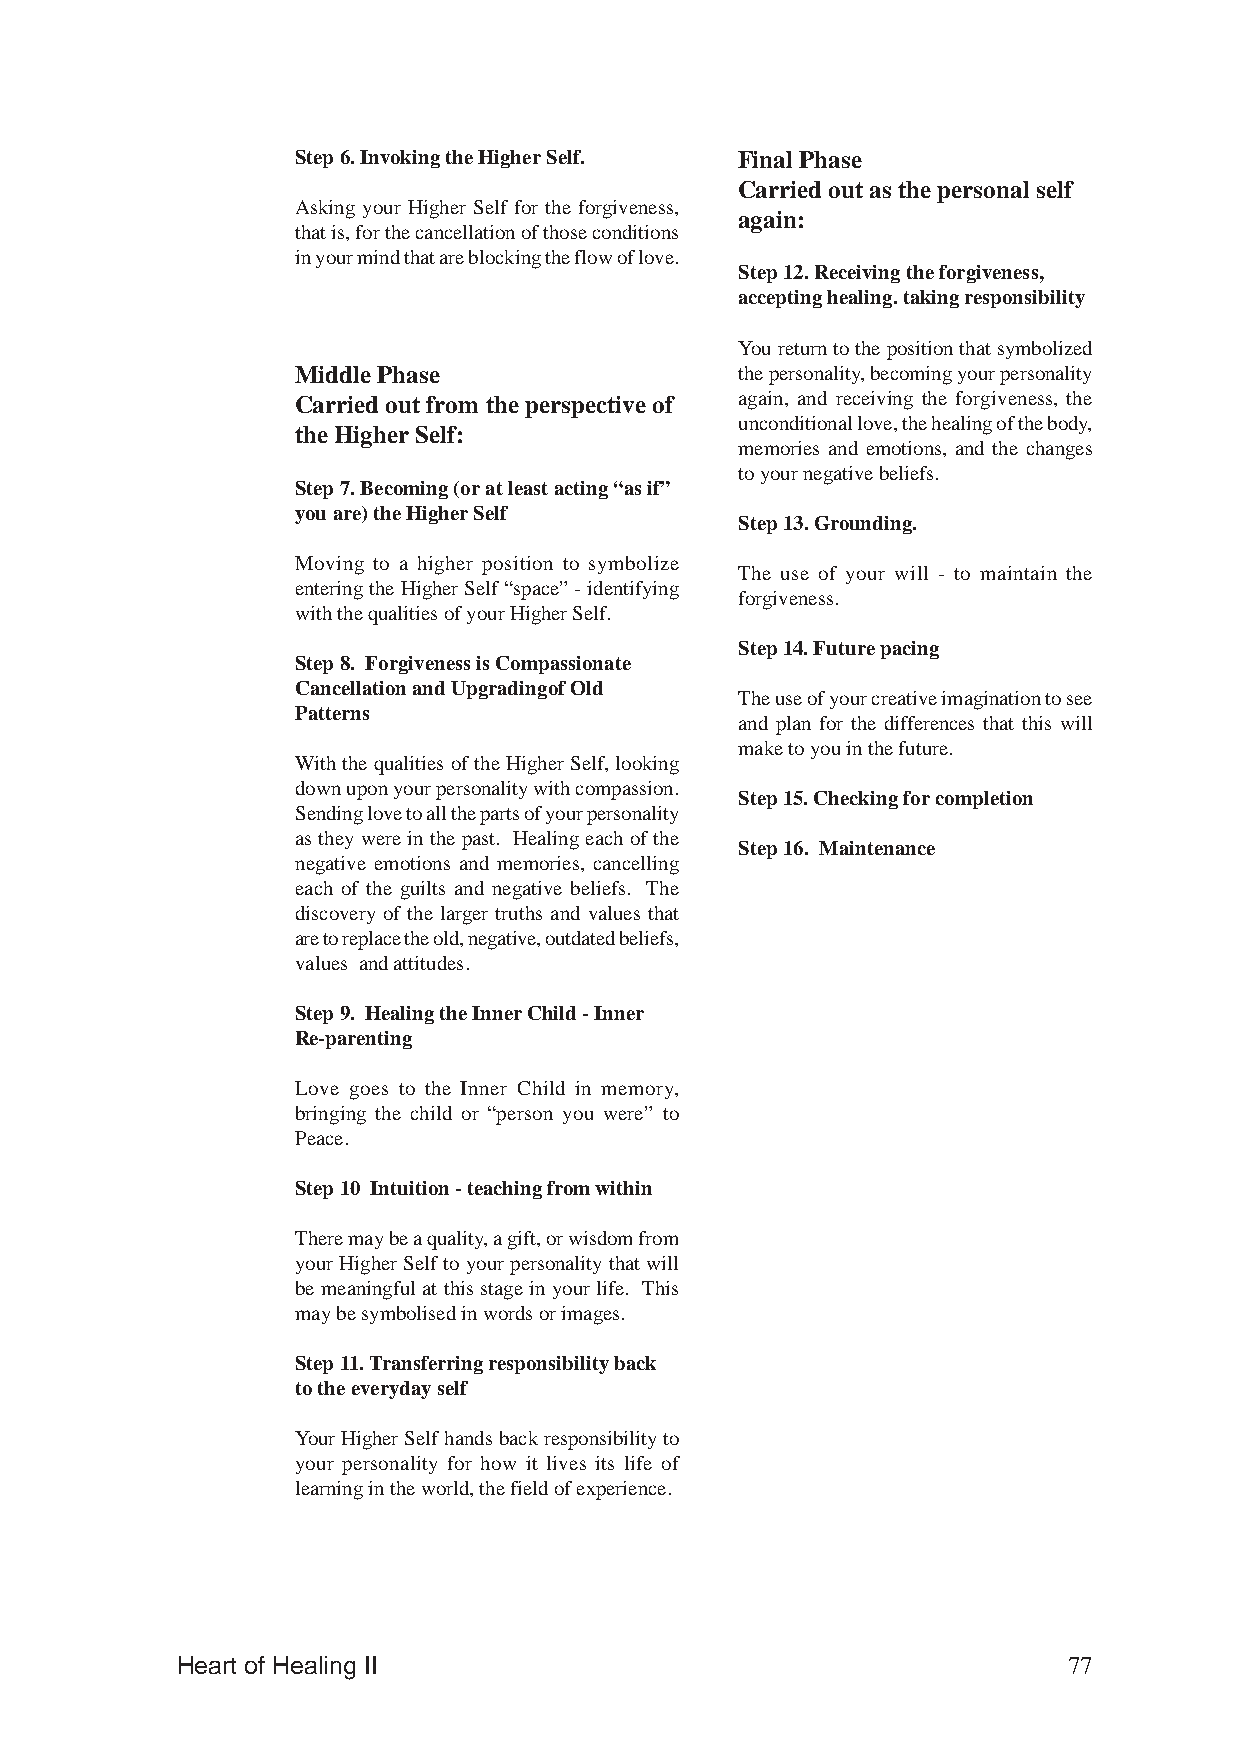
Step 6. Invoking the Higher Self. Final Phase
 Carried out as the personal self
 Asking your Higher Self for the forgiveness,
 again:
 that is, for the cancellation of those conditions
 in your mind that are blocking the flow of love.
 Step 12. Receiving the forgiveness,
 accepting healing. taking responsibility
 You return to the position that symbolized
 Middle Phase                 the personality, becoming your personality
 Carried out from the perspective of again, and receiving the forgiveness, the
 unconditional love, the healing of the body,
 the Higher Self:
 memories and emotions, and the changes
 to your negative beliefs.
 Step 7. Becoming (or at least acting “as if”
 you are) the Higher Self
 Step 13. Grounding.
 Moving to a higher position to symbolize
 The use of your will - to maintain the
 entering the Higher Self “space” - identifying
 forgiveness.
 with the qualities of your Higher Self.
 Step 14. Future pacing
 Step 8. Forgiveness is Compassionate
 Cancellation and Upgradingof Old
 The use of your creative imagination to see
 Patterns
 and plan for the differences that this will
 make to you in the future.
 With the qualities of the Higher Self, looking
 down upon your personality with compassion.
 Step 15. Checking for completion
 Sending love to all the parts of your personality
 as they were in the past. Healing each of the
 Step 16. Maintenance
 negative emotions and memories, cancelling
 each of the guilts and negative beliefs. The
 discovery of the larger truths and values that
 are to replace the old, negative, outdated beliefs,
 values and attitudes.
 Step 9. Healing the Inner Child - Inner
 Re-parenting
 Love goes to the Inner Child in memory,
 bringing the child or “person you were” to
 Peace.
 Step 10 Intuition - teaching from within
 There may be a quality, a gift, or wisdom from
 your Higher Self to your personality that will
 be meaningful at this stage in your life. This
 may be symbolised in words or images.
 Step 11. Transferring responsibility back
 to the everyday self
 Your Higher Self hands back responsibility to
 your personality for how it lives its life of
 learning in the world, the field of experience.
 Heart of Healing II                                        77